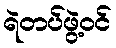
ရဲတပ်ဖွဲ့ဝင်